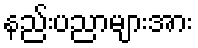
နည်းပညာများအား